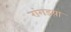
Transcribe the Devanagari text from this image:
रांगडय़ा